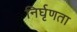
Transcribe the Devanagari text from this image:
निर्घृणता